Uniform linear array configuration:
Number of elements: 64
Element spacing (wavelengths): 1
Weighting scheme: hann
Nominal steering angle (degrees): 60
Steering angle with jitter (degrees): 59.672
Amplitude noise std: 0.05
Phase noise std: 0.05

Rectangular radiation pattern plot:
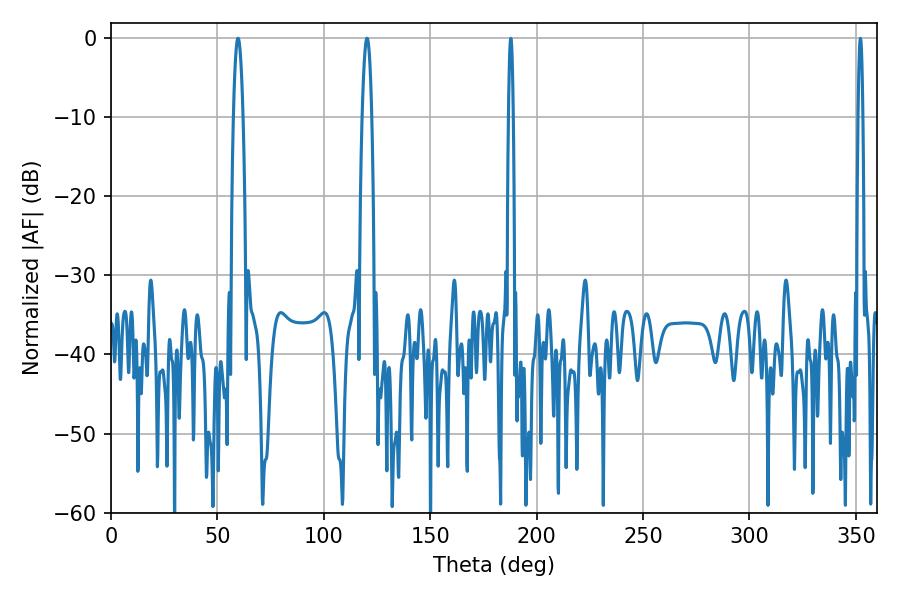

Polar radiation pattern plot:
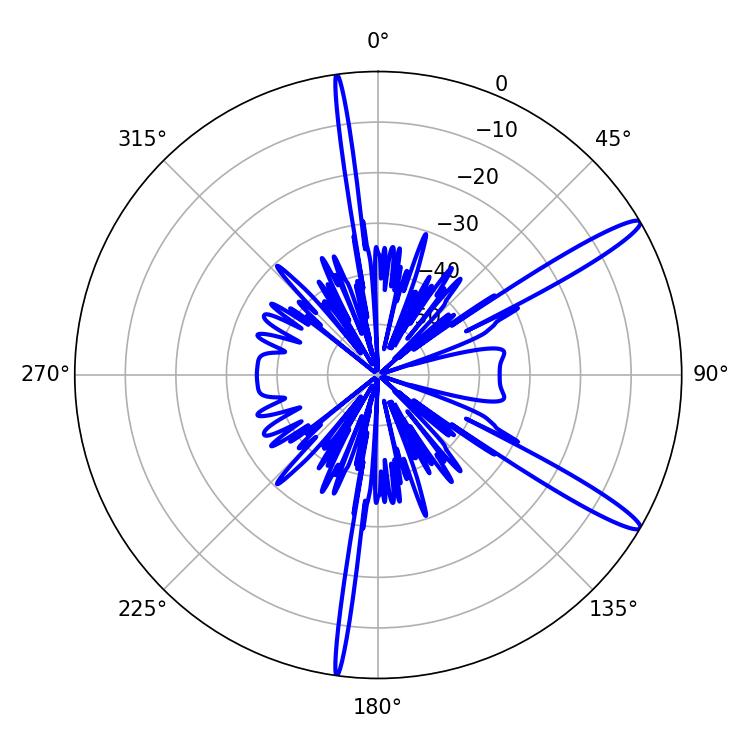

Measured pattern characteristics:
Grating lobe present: TRUE
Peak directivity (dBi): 14.227
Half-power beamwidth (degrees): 2.34
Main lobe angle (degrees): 59.76